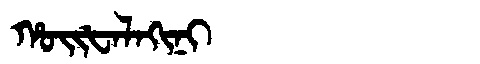
Manchu: ᡥᠣᡳᡶᠠᠯᠠᡴᡳᠨᡳ
Romanization: HOIFALAKINI